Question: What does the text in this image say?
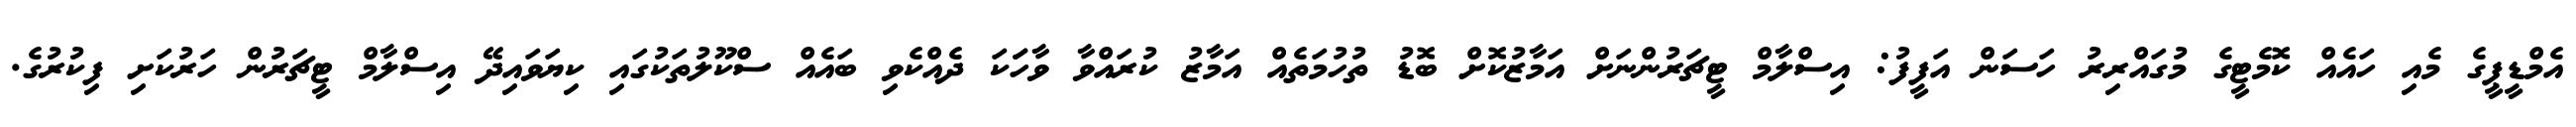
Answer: އެމްޑީޕީގެ މެއި ހައެއް ކޮމެޓީގެ މުގައްރިރު ހަސަން އަފީފު: އިސްލާމް ޓީޗަރުންނަށް އަމާޒުކޮށް ބޮޑު ތުހުމަތެއް އަމާޒު ކުރައްވާ ވާހަަކަ ދެއްކެވި ބައެއް ސްކޫލުތަކުގައި ކިޔަވައިދޭ އިސްލާމް ޓީޗަރުން ހަރުކަށި ފިކުރުގެ.